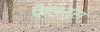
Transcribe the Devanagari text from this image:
फेलतुस